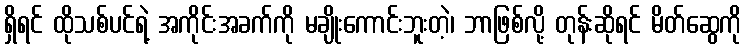
ရှိရင် ထိုသစ်ပင်ရဲ့ အကိုင်းအခက်ကို မချိုးကောင်းဘူးတဲ့၊ ဘာဖြစ်လို့ တုန်းဆိုရင် မိတ်ဆွေကို